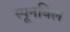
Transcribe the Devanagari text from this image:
स्पूनबिल